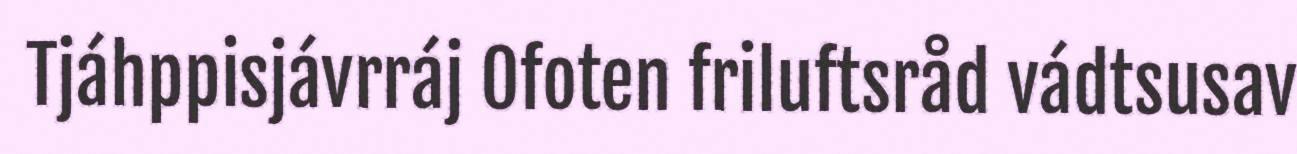
Tjáhppisjávrráj Ofoten friluftsråd vádtsusav